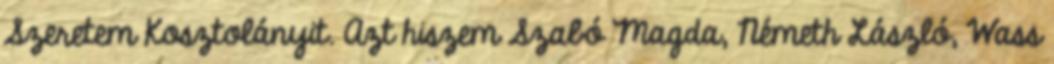
Szeretem Kosztolányit. Azt hiszem Szabó Magda, Németh László, Wass